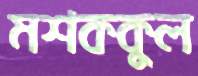
মশককুল